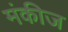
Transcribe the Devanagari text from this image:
मंकीज